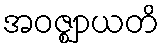
အဝဇ္ဈာယတိ